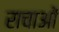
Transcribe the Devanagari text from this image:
राचाओं